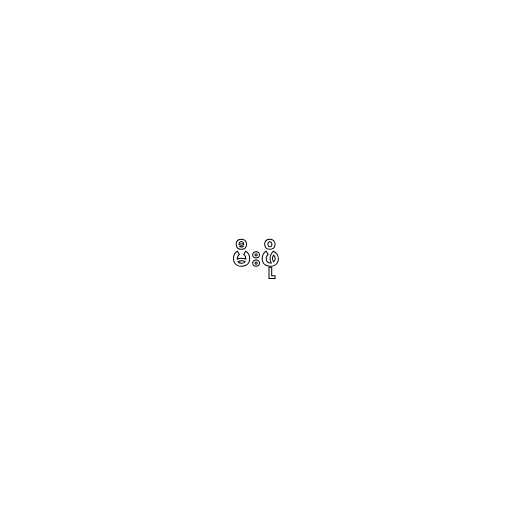
မီးဖို